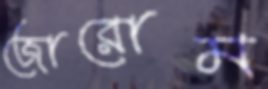
জোরোম